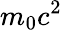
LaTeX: m_{0}c^{2}